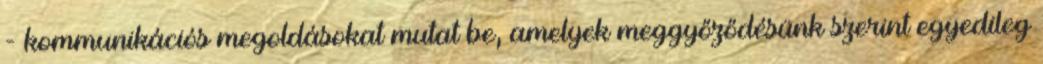
- kommunikációs megoldásokat mutat be, amelyek meggyőződésünk szerint egyedileg